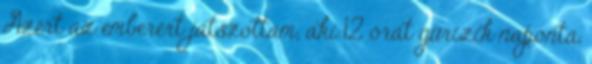
Azért az emberért játszottam, aki 12 órát gürizik naponta,